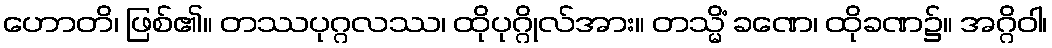
ဟောတိ၊ ဖြစ်၏။ တဿပုဂ္ဂလဿ၊ ထိုပုဂ္ဂိုလ်အား။ တသ္မိံ ခဏေ၊ ထိုခဏ၌။ အဂ္ဂိဝါ၊